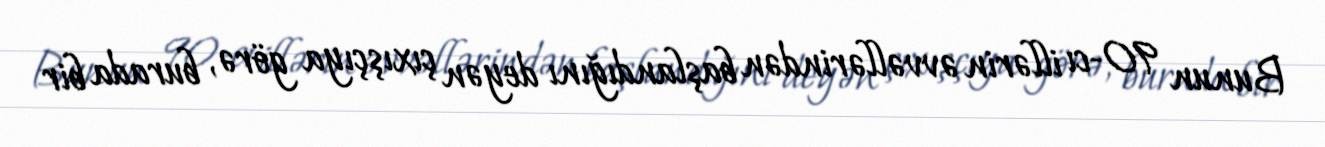
Bunun 90-cı illərin əvvəllərindən başlandığını deyən çıxışçıya görə, burada bir